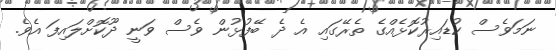
ނަމަވެސް ކުޑައިރުކޮޅެއްގެ ތެރޭގައި އެ ދެ ބޭފުޅުން ވެސް ވަނީ ދޫކޮށްލައިފަ އެވެ.